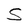
Character: S